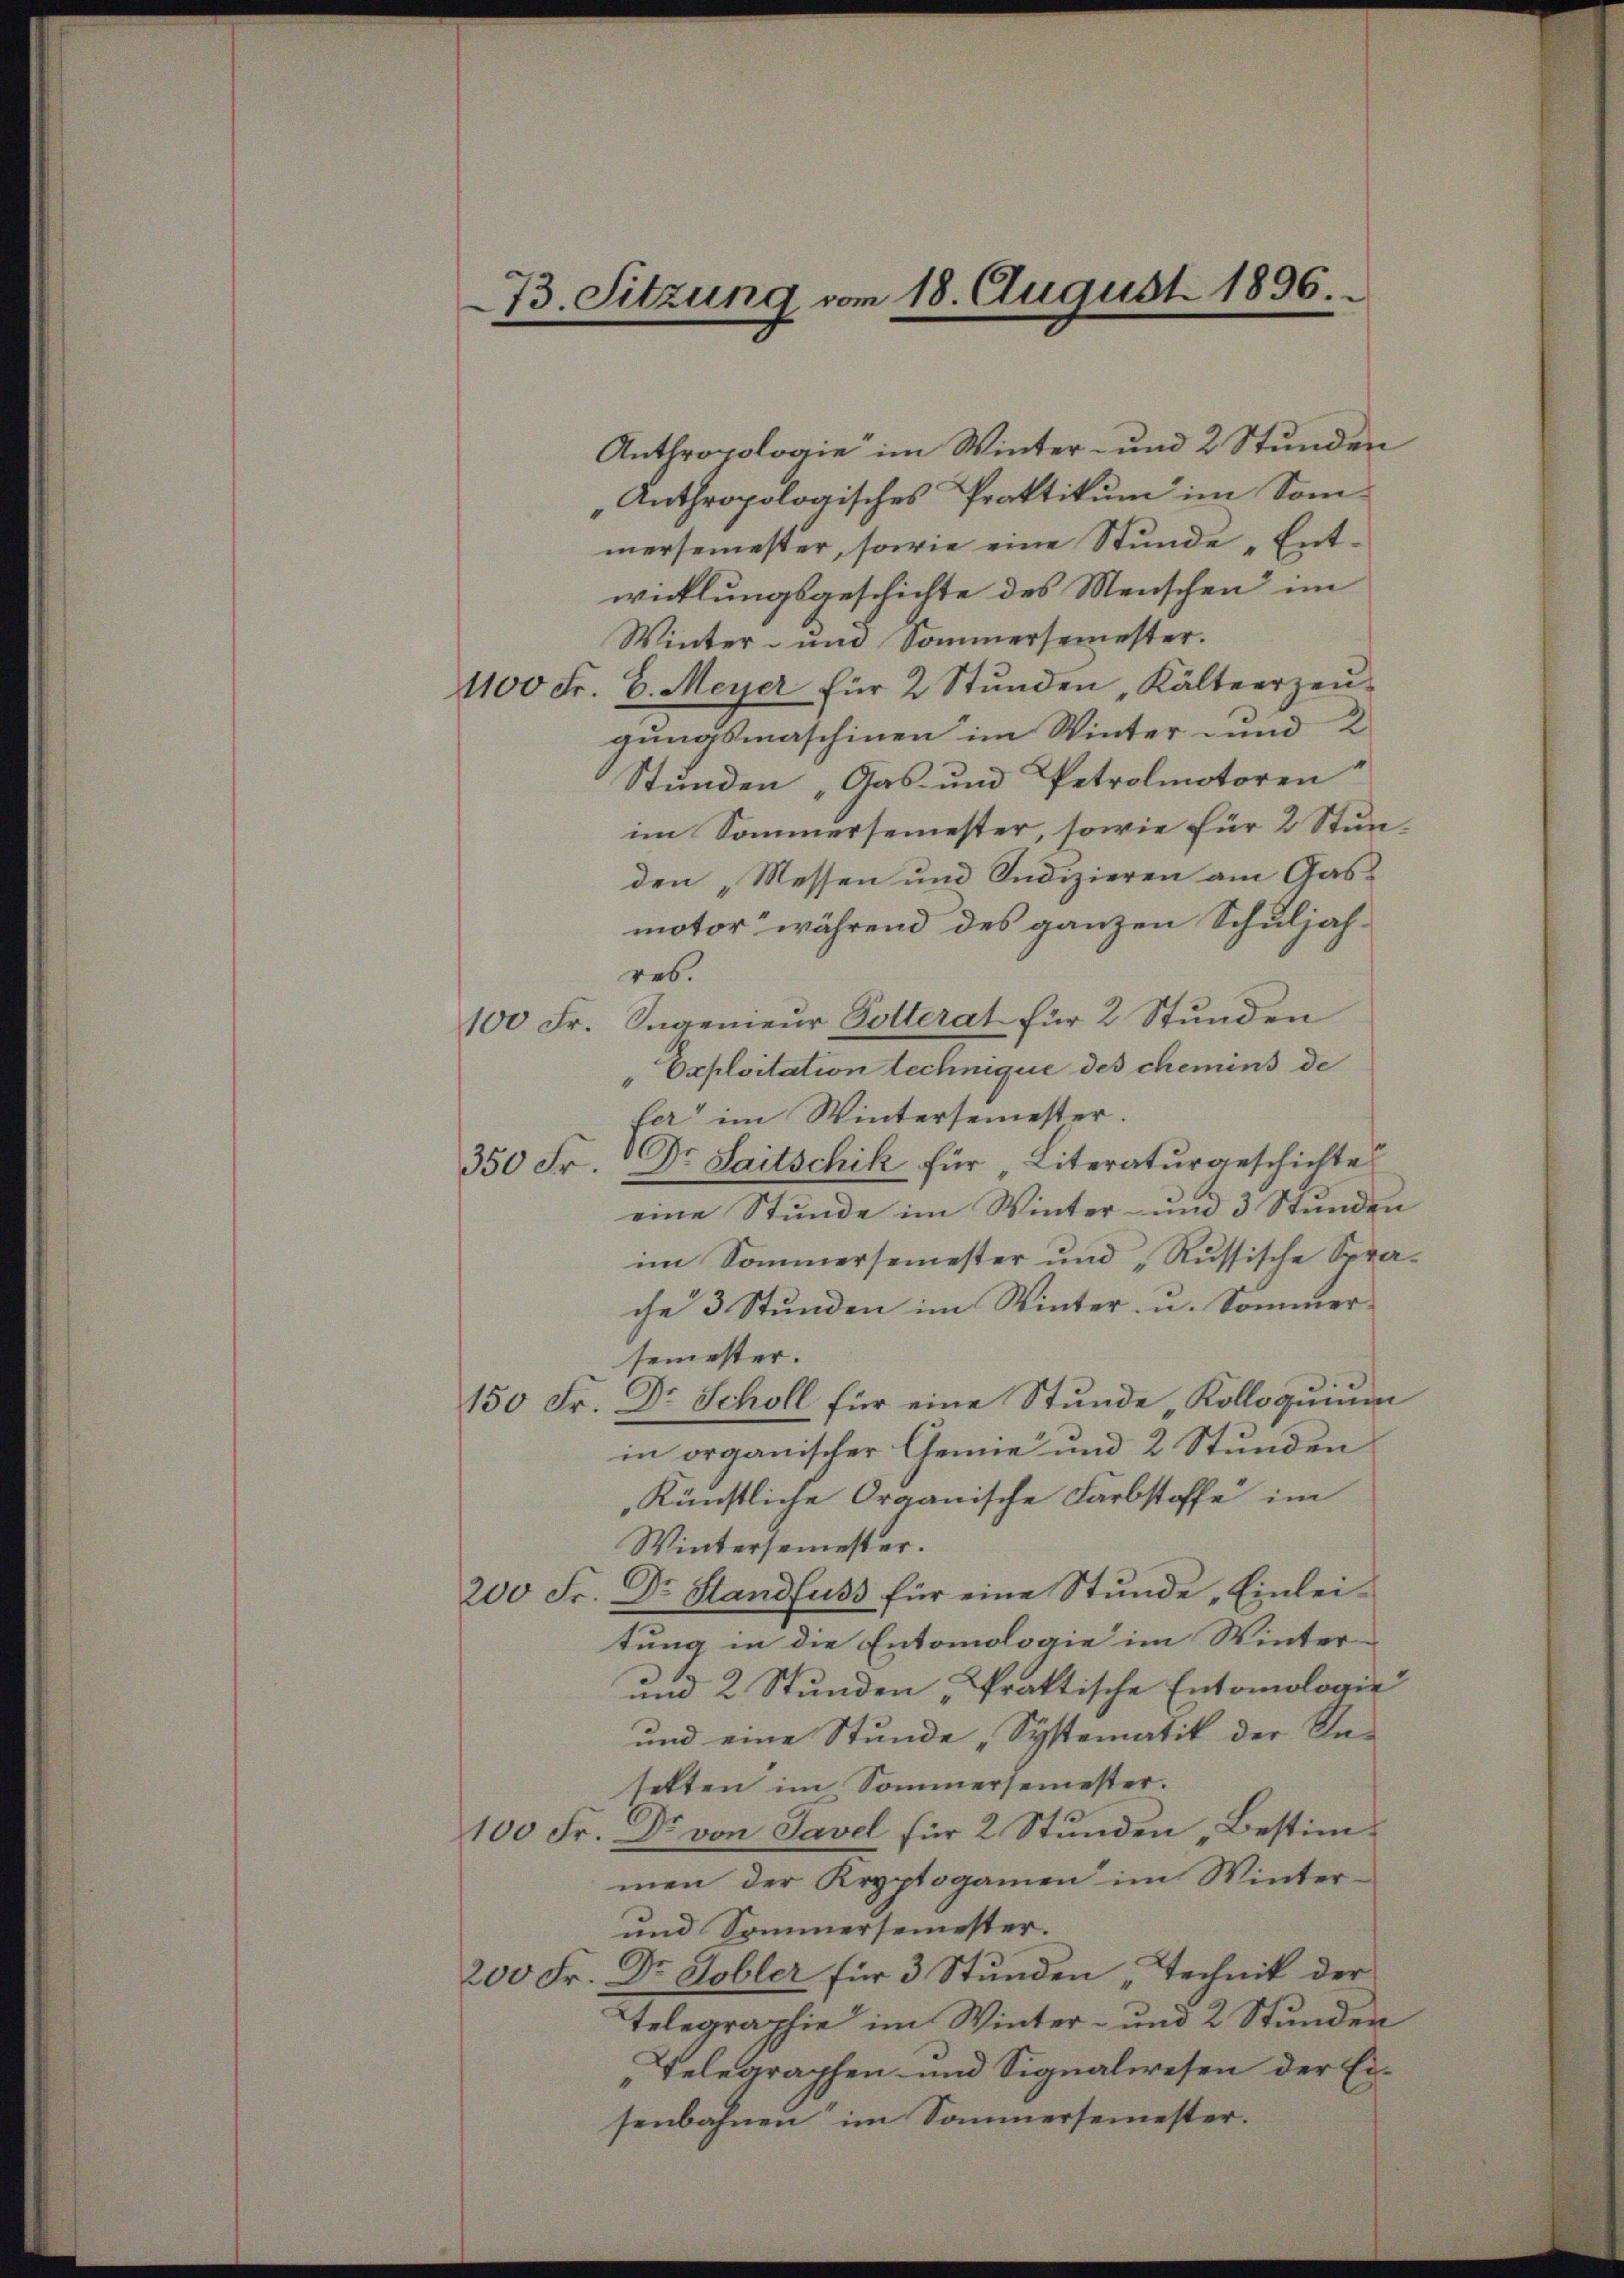
73. Sitzung vom 18. August 1896.

Anthropologie im Winter- und 2 Stunden
„Anthropologisches Praktikum im Som-
mersemester, sowie eine Stunde „Entwicklungsgeschichte des Menschen im
Winter- und Sommersemester.
1100 Fr. 6. Meyer für 2 Stunden, Kälteerzeugungsmaschinen im Winter und 2
Stunden „Gas- und Petrolmotoren
im Sommersemester, sowie für 2 Stunden „Messen und Sudizieren am Gas-
motor während des ganzen Schuljah-
res.
100 Fr. Ingenieur Polterat für 2 Stunden
"Oxploitation technique des chemins de
ler“ im Wintersemester.
Dr. Saitschik für Literaturgeschichte
150 Fr.
eine Stunde im Winter- und 3 Stunden
im Sommersemester und „Russische Sprache 3 Stunden im Winter- u. Sommersemester.
150 Fr. Dr Scholl für eine Stunde Kolloquium
in organischer Genie und 2 Stunden
künstliche Organische Farbstoffe im
Wintersemester.
200 Fr. Dr Standfuss für eine Stŭnde „Einlei-
tung in die Entomologie im Winter-
und 2 Stunden „Praktische Entomologie
und eine Stunde „Systematik der Saselten im Sommersemester.
100 Fr. Dr von Savel für 2 Stunden „Bestimmen der Kryptogamen im Winter¬
und Sommersemester.
200 Fr. Dr. Hobler für 3 Stunden „Technik der
Telegraphie im Winter- und 2 Stunden
Telegraphen und Signalwesen der Ei-
senbahnen im Sommersemester.